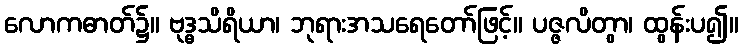
လောကဓာတ်၌။ ဗုဒ္ဓသိရိယာ၊ ဘုရားအသရေတော်ဖြင့်။ ပဇ္ဇလိတွာ၊ ထွန်းပ၍။